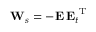
{ \mathbf W } _ { s } = - { \mathbf E } \, { { \mathbf E } _ { t } } ^ { { \mathrm T } }